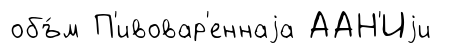
объ́м П'ивовар'еннаjа ААН'Иjи